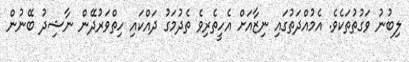
ލިބުނު ވަގުތުތަކެވެ. އެމުއްދަތުގައި ނިޒާއަށް އެހީތެރިވެ ތެދުމަގު ދައްކައި ހިތްވަރުދޭން ނާޝިދު ބޭނުން